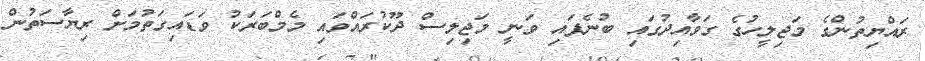
ރައްޔިތުންގެ މަޖިލީހުގެ ގަވާއިދުގައި ބުނެފައި ވަނީ މަޖިލިސް ދޫކުރައްވައި މެމްބަރަކު ވަޑައިގަތުމަށް ރިޔާސަތުން